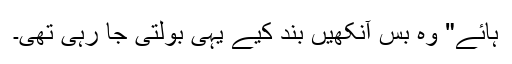
ہائے" وہ بس آنکھیں بند کیے یہی بولتی جا رہی تھی۔